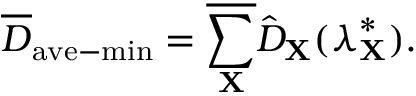
\overline { { D } } _ { \mathrm { a v e - m i n } } = \overline { { \sum _ { \mathbf { X } } } } \hat { D } _ { \mathbf { X } } ( \boldsymbol { \lambda } _ { \mathbf { X } } ^ { * } ) .